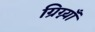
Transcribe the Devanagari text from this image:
ग्रिग्न्याँ